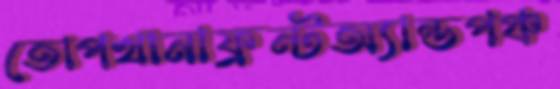
তোপখানাফ্রন্টঅ্যান্ডপঞ্চ